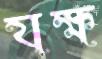
যক্ষ